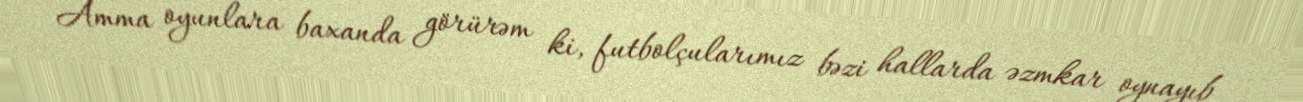
Amma oyunlara baxanda görürəm ki, futbolçularımız bəzi hallarda əzmkar oynayıb